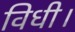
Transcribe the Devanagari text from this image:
विधी।